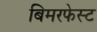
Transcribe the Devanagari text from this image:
बिमरफेस्ट